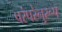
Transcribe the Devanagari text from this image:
परंपरेनुरूप